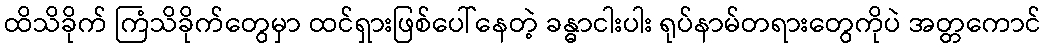
ထိသိခိုက် ကြံသိခိုက်တွေမှာ ထင်ရှားဖြစ်ပေါ်နေတဲ့ ခန္ဓာငါးပါး ရုပ်နာမ်တရားတွေကိုပဲ အတ္တကောင်